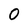
Character: 0